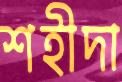
শহীদা